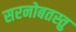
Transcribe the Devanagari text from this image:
सरनोबतस्तु